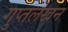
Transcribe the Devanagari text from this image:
गुप्तलेखन